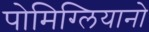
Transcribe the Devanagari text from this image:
पोमिग्लियानो